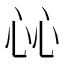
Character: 𢗰